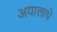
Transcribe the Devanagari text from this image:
अयालाथे